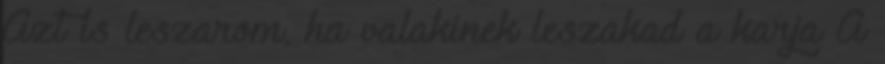
Azt is leszarom, ha valakinek leszakad a karja A